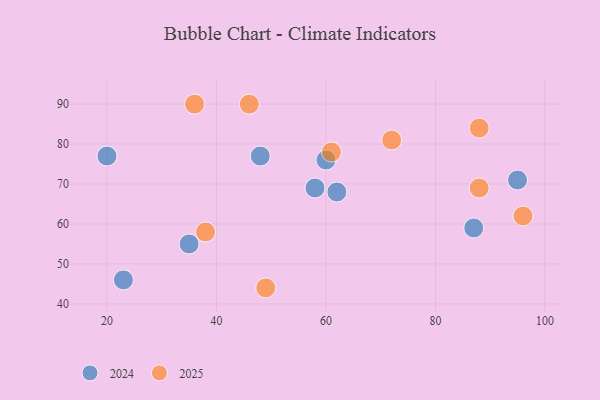
{"axis": {"x": "GDP", "y": "Life Expectancy"}, "legend": ["2024", "2025"], "data": [{"x": "95", "y": 71, "type": "2024"}, {"x": "35", "y": 55, "type": "2024"}, {"x": "62", "y": 68, "type": "2024"}, {"x": "58", "y": 69, "type": "2024"}, {"x": "20", "y": 77, "type": "2024"}, {"x": "48", "y": 77, "type": "2024"}, {"x": "87", "y": 59, "type": "2024"}, {"x": "23", "y": 46, "type": "2024"}, {"x": "60", "y": 76, "type": "2024"}, {"x": "96", "y": 62, "type": "2025"}, {"x": "46", "y": 90, "type": "2025"}, {"x": "38", "y": 58, "type": "2025"}, {"x": "49", "y": 44, "type": "2025"}, {"x": "72", "y": 81, "type": "2025"}, {"x": "36", "y": 90, "type": "2025"}, {"x": "61", "y": 78, "type": "2025"}, {"x": "88", "y": 84, "type": "2025"}, {"x": "88", "y": 69, "type": "2025"}]}